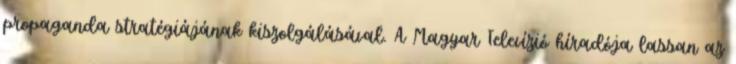
propaganda stratégiájának kiszolgálásával. A Magyar Televízió híradója lassan az